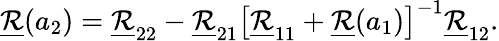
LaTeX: \underline{{\mathcal{R}}}(a_{2})=\underline{{\mathcal{R}}}_{22}-\underline{{\mathcal{R}}}_{21}\left[\underline{{\mathcal{R}}}_{11}+\underline{{\mathcal{R}}}(a_{1})\right]^{-1}\underline{{\mathcal{R}}}_{12}.